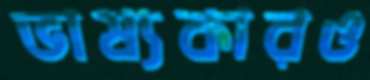
ভাষ্যকারও